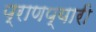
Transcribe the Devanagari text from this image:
प्राणप्यारी